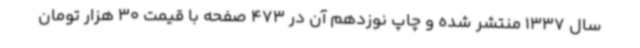
سال 1337 منتشر شده و چاپ نوزدهم آن در 473 صفحه با قیمت 30 هزار تومان